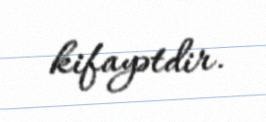
kifayətdir.